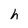
Character: h